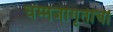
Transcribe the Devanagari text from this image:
धम्मजागृतीची